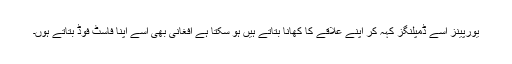
یورپینز اسے ڈمپلنگز کہہ کر اپنے علاقے کا کھانا بتاتے ہیں ہو سکتا ہے افغانی بھی اسے اپنا فاسٹ فوڈ بتاتے ہوں۔